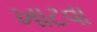
ખાટવા